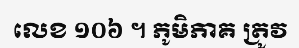
លេខ ១០៦ ។ ភូមិភាគ ត្រូវ